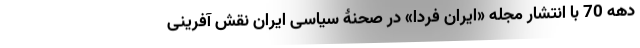
دهه 70 با انتشار مجله «ایران فردا» در صحنۀ سیاسی ایران نقش آفرینی